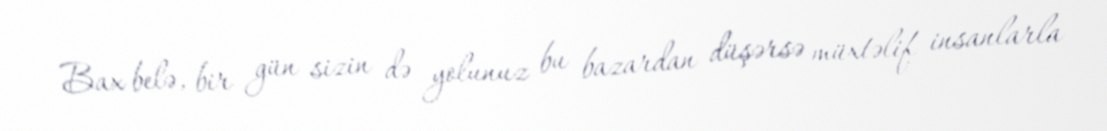
Bax belə, bir gün sizin də yolunuz bu bazardan düşərsə müxtəlif insanlarla